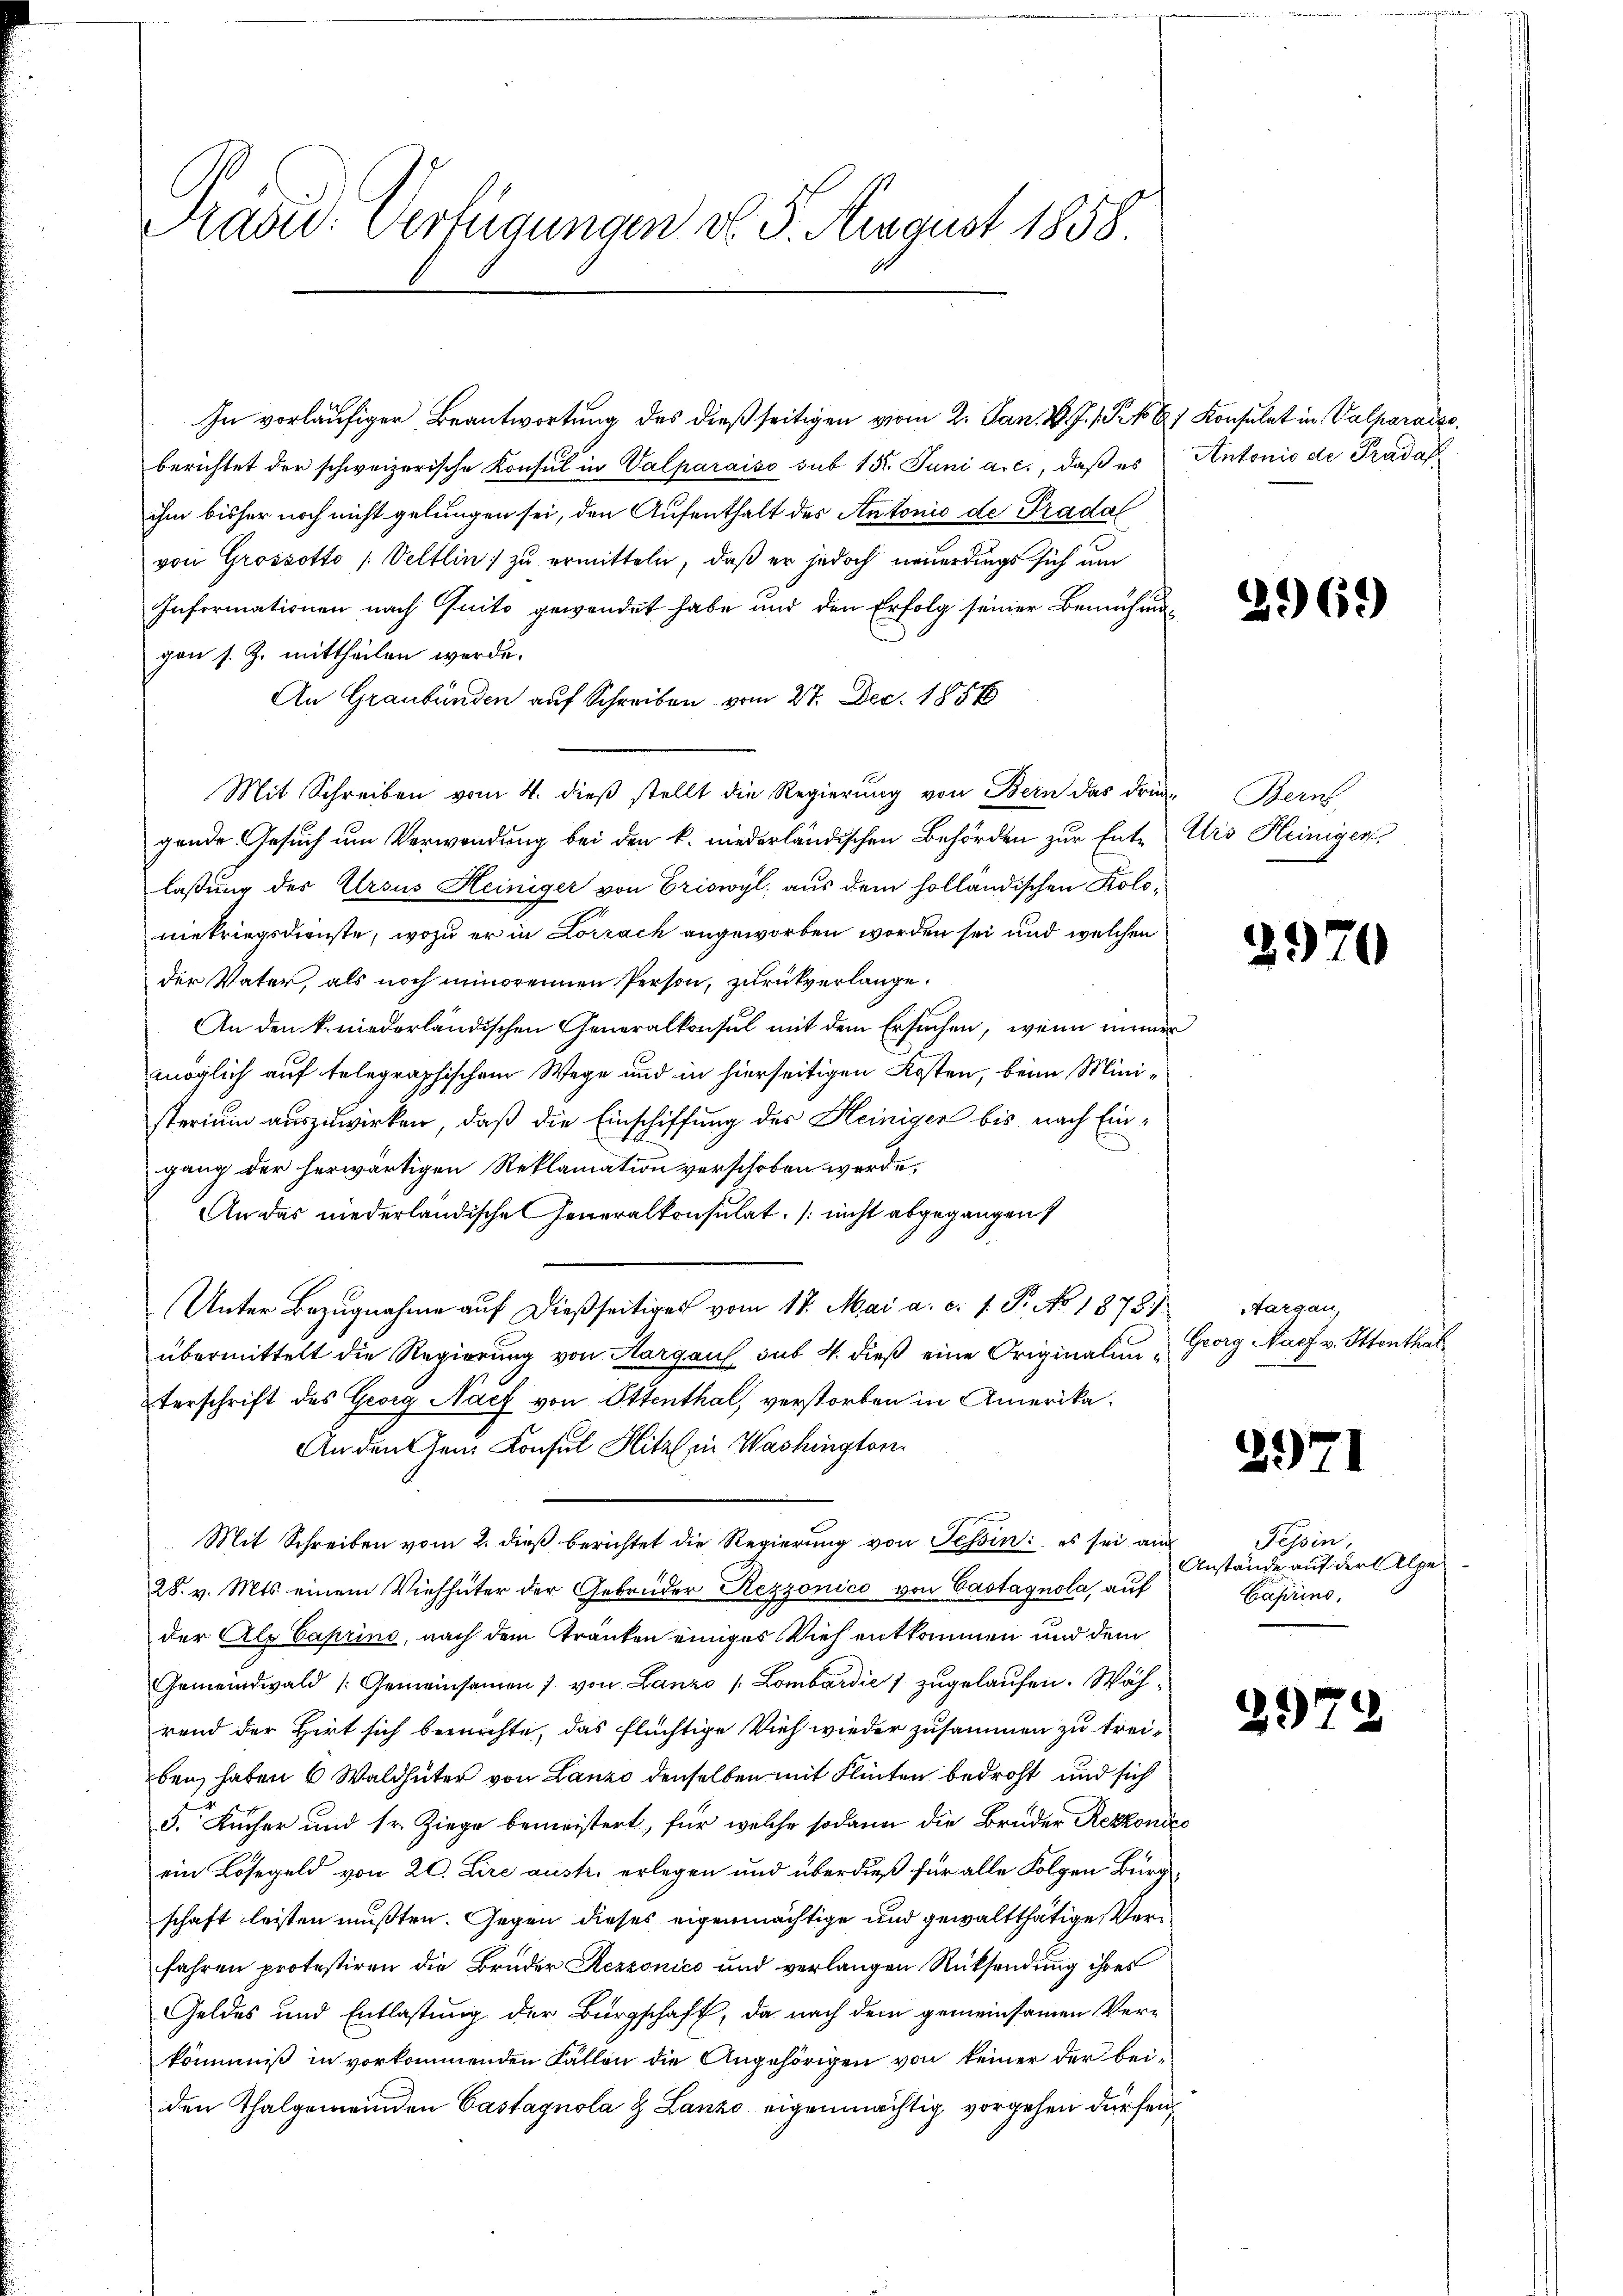
Kašid: Verfügungen d. 5. August 1858

In vorläufiger Beantwortung des dießseitigen vom 2. Jan. v. J. 15 16 Konsulat in Valparates,
berichtet der schweizerische Konsul in Valparaise sub 15. Juni a. c., daß es
ihm bisher noch nicht gelungen sei, den Aufenthalt des Antonio de Pradal
von Grossotto / Veltlin zu ermitteln, daß er jedoch neuerdings sich um
Informationen nach Quito gewendet habe und den Erfolg seiner Bemühunggen s. Z. mittheilen werde.
An Graubünden auf Schreiben vom 27. Dec. 1858
Mit Schreiben vom 4. dieß stellt die Regierung von Bern das drin Bern,
gende Gesuch um Verwendung bei den k. niederländischen Behörden zur Entlaßung des Ursus Heiniger von Eriswyl, aus dem holländischen Kolometriegsdienste, wozu er in Lörrach angeworben worden sei und welchen
der Vater, als noch minorennen Person, zurückverlange¬
An den k. niederländischen Generalkonsul mit dem Ersuchen, wenn immer
möglich auf telegraphischem Wege und in hierseitigen Kosten, beim Ministerium auszuwirken, daß die Einschiffung des Heiniger bis nach Eingang der herwärtigen Reklamation verschoben werde.
An das niederländische Generalkonsulat, (nicht abgegangen
Unter Bezugnahme auf dießseitiges vom 17. Mai a. c. 1. P. No 18781 Aargau,
übermittelt die Regierung von Aargau sub 4. dieß eine Originalanterschrift des Georg Nach von Ottenthal, verstorben in Amerika¬
An den Gen. Konsul Hitzl in Washington.
Mit Schreiben vom 2. dieß berichtet die Regierung von Tessin: es sei auch
28. v. Mts. einem Viehhüter der Gebrüder Rezzonico von Castagnola, auf
der Als Caprino, nach dem Tränken einiges Vieh entkommen und dem
Gemeindwald Gemeinsamen 7 von Lanze Lombardić 1 zŭgelaŭfen. Während der Hirt sich bemühte, das flüchtige Vieh wieder zusammen zu treiben, haben 6 Waldhüter von Lanzo denselben mit Flinten bedroht und sich
5. Kücher und sr. Ziege bemeistert, für welche sodann die Brüder Reskondis
ein Losegeld von 20. Lire austr. erlegen und überdieß für alle Folgen Bürg
schaft leisten mußten. Gegen dieses eigenmächtige und gewaltthätige Verfahren protestiren die Bruder Rezzonico und verlangen Rücksendung ihres
Geldes und Entlastung der Bürgschaft, da nach dem gemeinsamen Verkömmniß in vorkommenden Fällen die Angehörigen von keiner der beiden Thalgemeinden Castagnola & Lanzo eigenmächtig vorgehen dürfen,

Antonis de Pradas

2969)

Ars Heiniger

2970

Georg Nach v. Ittenthal

3971

Tessin,
Anstände auf der Alpe
Caprine,

297